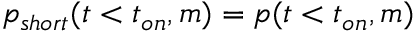
p _ { s h o r t } ( t < t _ { o n } , m ) = p ( t < t _ { o n } , m )